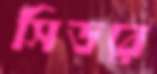
সিডরে